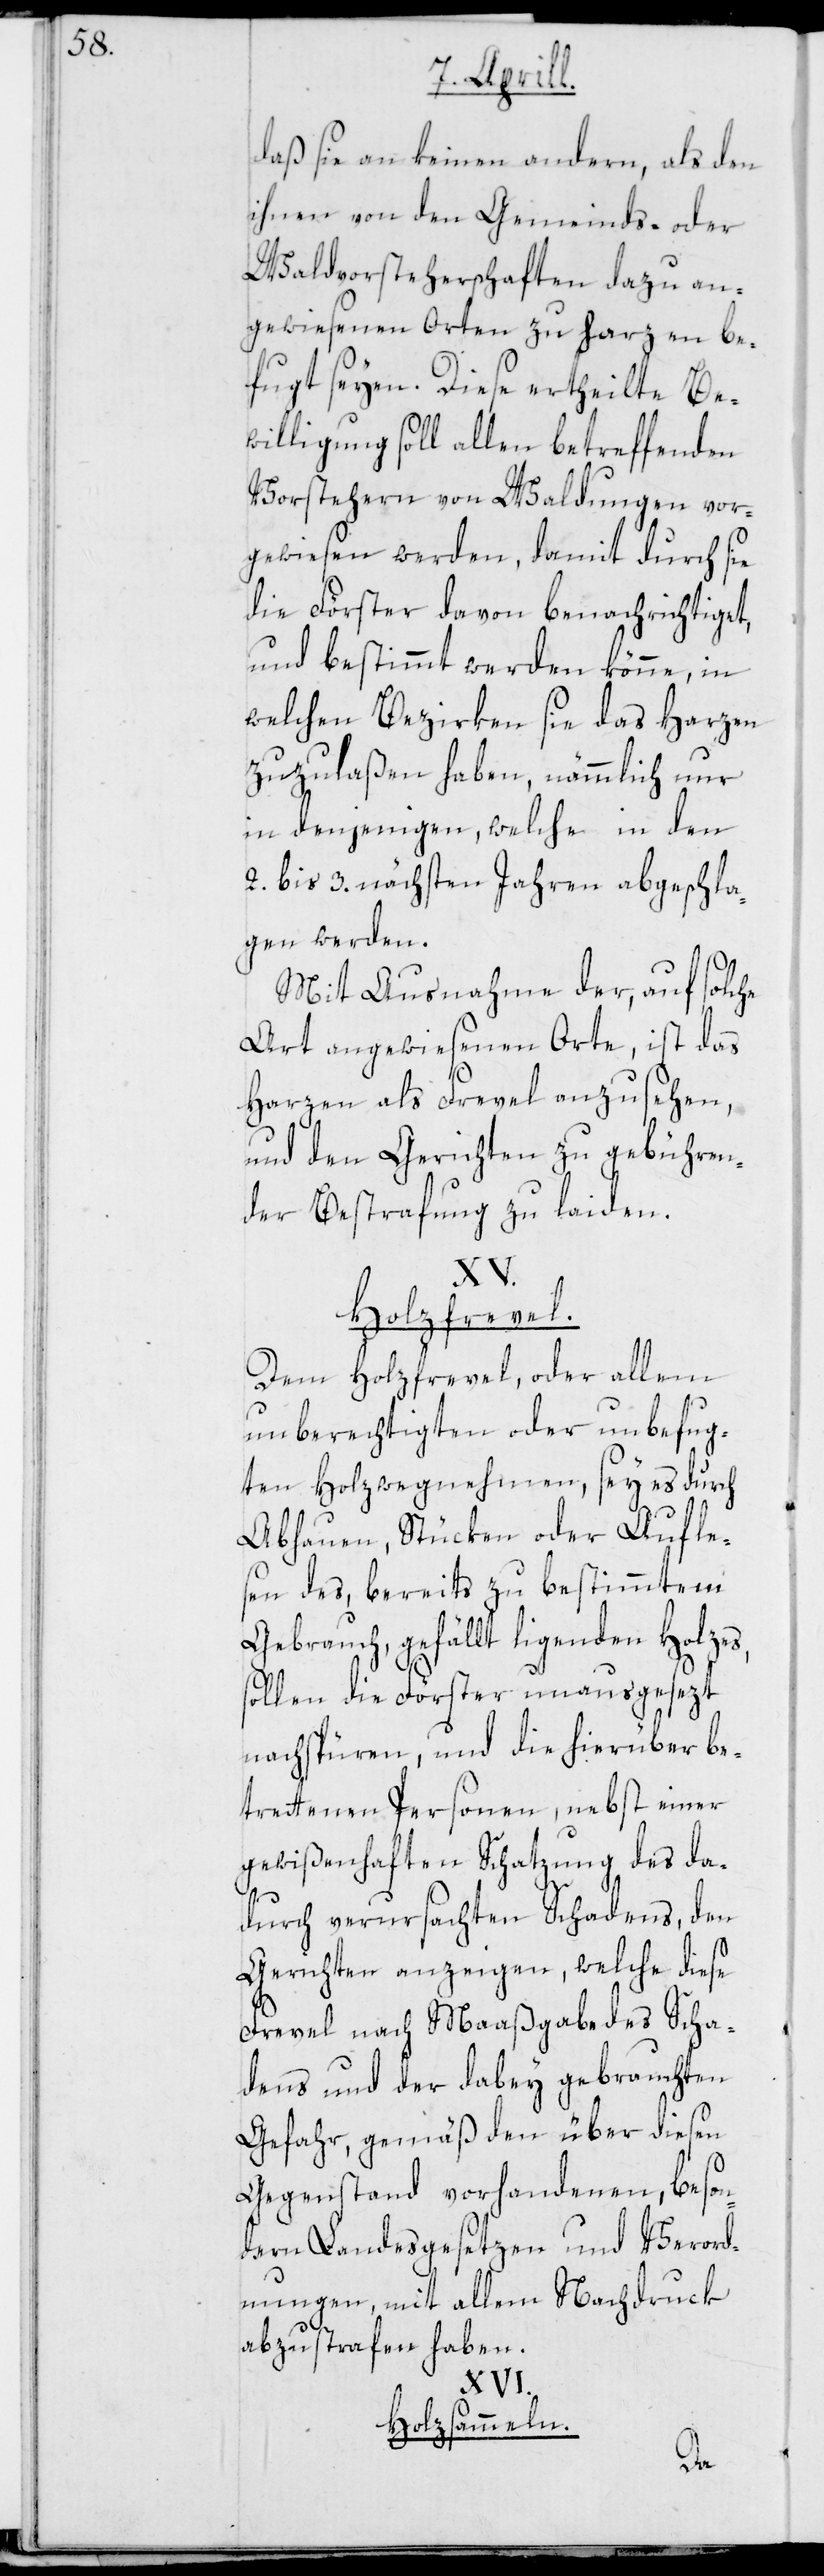
daß sie an keinen andern, als den
ihnen von den Gemeinds- oder
Waldvorsteherschaften dazu an¬
gewiesenen Orten zu Harzen be¬
fugt seyen. Diese ertheilte Be¬
willigung soll allen betreffenden
Vorstehern von Waldungen vor¬
gewiesen werden, damit durch sie
die Förster davon benachrichtiget,
und bestimmt werden könne, in
welchen Bezirken sie das Harzen
zuzulaßen haben, nämmlich nur
in denjenigen, welche in den
2. bis 3. nächsten Jahren abgeschla¬
gen werden.
Mit Ausnahme der, auf solche
Art angewiesenen Orte, ist das
Harzen als Frevel anzusehen,
und den Gerichten zu gebühren¬
der Bestrafung zu laiden.
XV.
Holzfrevel.
Dem Holzfrevel, oder allem
unberechtigten oder unbefug¬
ten Holzwegnehmen, sey es durch
Abhauen, Stücken oder Aufle¬
sen des, bereits zu bestimmtem
Gebrauch, gefällt ligenden Holzes,
sollen die Förster unausgesezt
nachspüren, und die hierüber be¬
trettenen Personen, nebst einer
gewißenhaften Schatzung des da¬
durch verursachten Schadens, den
Gerichten anzeigen, welche diese
Frevel nach Maaßgabe des Scha¬
dens und der dabey gebrauchten
Gefahr, gemäß den über diesen
Gegenstand vorhandenen, beson¬
dern Landesgesetzen und Verord¬
nungen, mit allem Nachdruck
abzustrafen haben.
Holzsammeln.